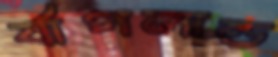
র‍্যাগলান্ড